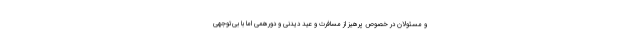
و مسئولان در خصوص پرهیز از مسافرت و عید دیدنی و دورهمی اما با بی‌توجهی